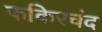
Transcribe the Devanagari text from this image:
फकिरचंद